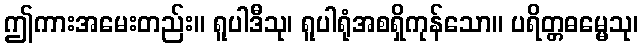
ဤကားအမေးတည်း။ ရူပါဒီသု၊ ရူပါရုံအစရှိကုန်သော။ ပရိတ္တဓမ္မေသု၊